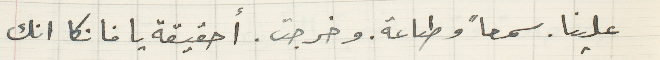
علينا. سمعاً وطاعة، وخرجت. أحقيقة يا فانكا انك